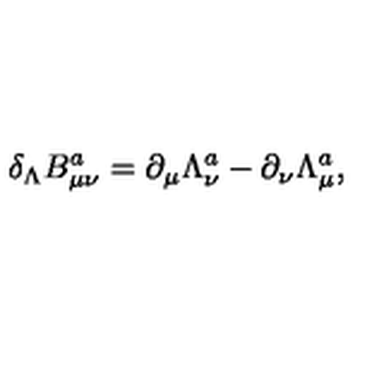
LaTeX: \delta _ { \Lambda } B _ { \mu \nu } ^ { a } = \partial _ { \mu } \Lambda _ { \nu } ^ { a } - \partial _ { \nu } \Lambda _ { \mu } ^ { a } ,